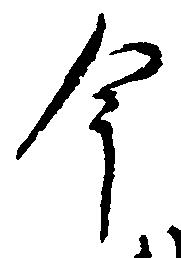
今